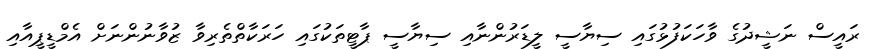
ރައީސް ނަޝީދުގެ ވާހަކަފުޅުގައި ސިޔާސީ ލީޑަރުންނާއި ސިޔާސީ ޕާޓީތަކުގައި ހަރަކާތްތެރިވާ ޒުވާނުންނަށް އެމްޑީޕީއާއި